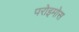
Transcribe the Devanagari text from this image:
परोइमोस